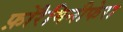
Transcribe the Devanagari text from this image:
फ़ोरैमिनीफेरा